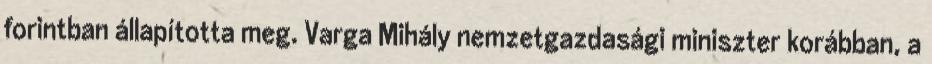
forintban állapította meg. Varga Mihály nemzetgazdasági miniszter korábban, a